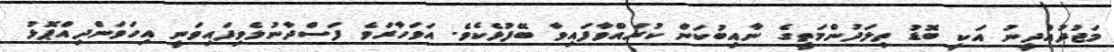
މަޖުދުއްދީނު އަކީ ބޮޑު ތިލަދުންމަތީގެ ނާއިބުކަން ކުރައްވާފައިވާ ބޭފުޅެކެވެ. އަވަހާރަވެ ފަސްދާނުލެވިފައިވަނީ އިހަވަންދިއްޕޮޅު